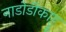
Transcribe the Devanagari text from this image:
नाडोडीकाट्टू